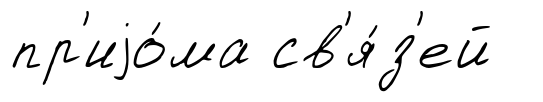
пр'иjо́ма св'я́з'ей